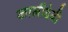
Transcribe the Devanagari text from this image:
कालीदेवी